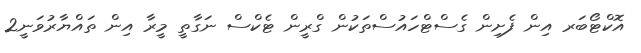
އޮކްޓޯބަރ އިން ފެށިން ގެސްޓްހައުސްތަކުން ގްރީން ޓެކްސް ނަގާތީ މީރާ އިން ތައްޔާރުވަނީ2